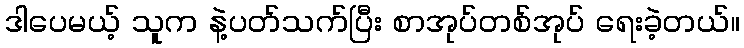
ဒါပေမယ့် သူက နဲ့ပတ်သက်ပြီး စာအုပ်တစ်အုပ် ရေးခဲ့တယ်။